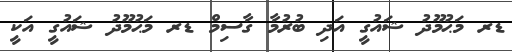
ޑރ މަޙުމޫދު ޝައުގީ އަދި ބުރުމާ ގާސިމް ޑރ މަޙުމޫދު ޝައުގީ އަކީ